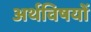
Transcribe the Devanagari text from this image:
अर्थविषयों